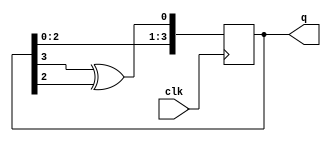
module lfsrN #(parameter N=4)(
    input clk,
    output [N-1:0] q
);
    reg [N-1:0] q;
    always @(posedge clk) begin
        q[N-1:1]<=q[N-2:0];
        if(N==3) q[0]<=q[2]^q[1];
        if(N==4) q[0]<=q[3]^q[2];
        if(N==5) q[0]<=q[4]^q[2];
        if(N==6) q[0]<=q[5]^q[4];
        if(N==7) q[0]<=q[6]^q[5];
        if(N==8) q[0]<=q[7]^q[5]^q[4]^q[3];
    end
endmodule